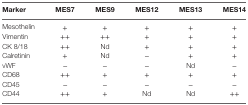
<table><thead><tr><td><b>Marker</b></td><td><b>MES7</b></td><td><b>MES9</b></td><td><b>MES12</b></td><td><b>MES13</b></td><td><b>MES14</b></td></tr></thead><tbody><tr><td>Mesothelin</td><td>+</td><td>+</td><td>+</td><td>+</td><td>+</td></tr><tr><td>Vimentin</td><td>++</td><td>++</td><td>+</td><td>+</td><td>+</td></tr><tr><td>CK 8/18</td><td>++</td><td>Nd</td><td>+</td><td>+</td><td>+</td></tr><tr><td>Calretinin</td><td>+</td><td>Nd</td><td>−</td><td>+</td><td>+</td></tr><tr><td>vWF</td><td>−</td><td>−</td><td>−</td><td>Nd</td><td>−</td></tr><tr><td>CD68</td><td>++</td><td>+</td><td>+</td><td>+</td><td>+</td></tr><tr><td>CD45</td><td>−</td><td>−</td><td>−</td><td>−</td><td>−</td></tr><tr><td>CD44</td><td>++</td><td>+</td><td>Nd</td><td>Nd</td><td>++</td></tr></tbody></table>